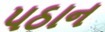
પઠાન